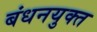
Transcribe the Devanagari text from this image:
बंधनयुक्त